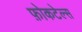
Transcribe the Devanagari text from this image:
फ़ोकटेल्स